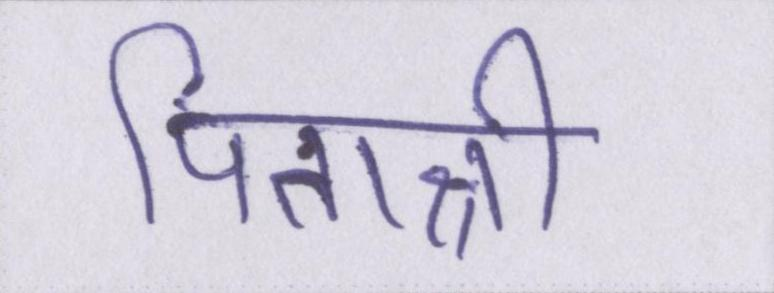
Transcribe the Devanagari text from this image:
पिताश्री